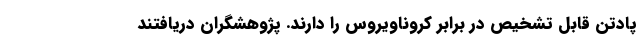
پادتن قابل تشخیص در برابر کروناویروس را دارند. پژوهشگران دریافتند